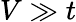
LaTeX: V\gg t